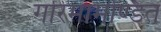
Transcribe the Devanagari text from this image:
गरिमामण्डित